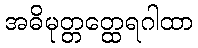
အဓိမုတ္တတ္ထေရဂါထာ